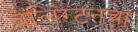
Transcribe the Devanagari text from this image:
वेलिंग्टनचा